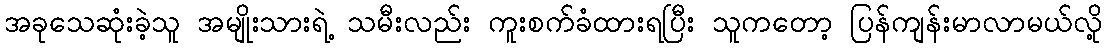
အခုသေဆုံးခဲ့သူ အမျိုးသားရဲ့ သမီးလည်း ကူးစက်ခံထားရပြီး သူကတော့ ပြန်ကျန်းမာလာမယ်လို့